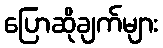
ပြောဆိုချက်များ